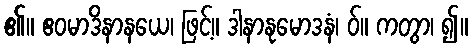
၏။ ဧဝမာဒိနာနယေ၊ ဖြင့်။ ဒါနာနုမောဒနံ၊ ဝ်။ ကတွာ၊ ၍။